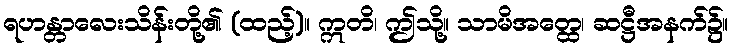
ရဟန္တာလေးသိန်းတို့၏ (ထည့်)။ ဣတိ၊ ဤသို့။ သာမိအတ္ထေ၊ ဆဋ္ဌီအနက်၌။